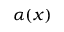
\alpha ( x )